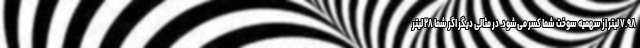
۷.۹۸ لیتر از سهمیه سوخت شما کسر می‌شود. در مثالی دیگر اگر شما ۲۸ لیتر